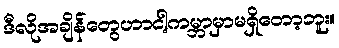
ဒီလိုအချိန်တွေဟာငါ့ကမ္ဘာမှာမရှိတော့ဘူး။